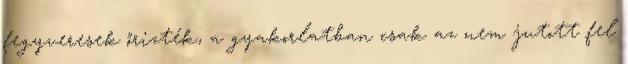
fegyveresek őrizték, a gyakorlatban csak az nem jutott fel